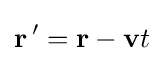
\mathbf {r} \,'=\mathbf {r} -\mathbf {v} t